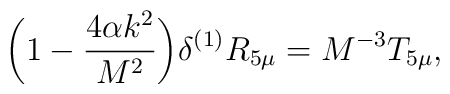
\bigg(1-\frac{4\alpha k^2}{M^2}\bigg)\delta^{(1)}R_{5\mu}=M^{-3}T_{5\mu},\\